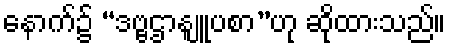
နောက်၌ “ဒဗ္ဗဌာနျူပစာ”ဟု ဆိုထားသည်။